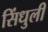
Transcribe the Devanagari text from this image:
सिंधुली